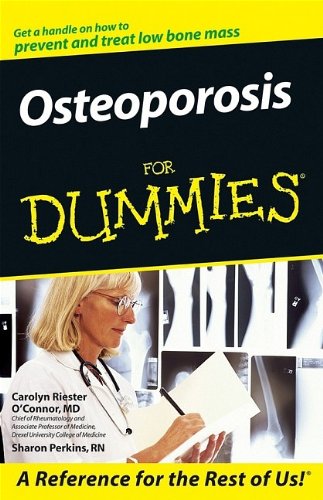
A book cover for Osteoporosis For Dummies; Carolyn Riester O'Connor; Health, Fitness & Dieting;